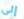
إلى